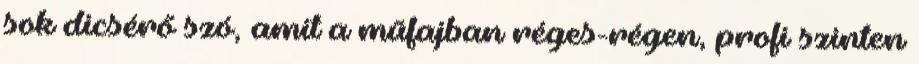
sok dicsérő szó, amit a műfajban réges-régen, profi szinten